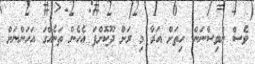
ވެސް ނުވިސްނަން. ހިތަށް އަރާ މި ރަށް ދޫކޮށްފަ އެހެން ތަނެއްގަ އަހަންނަށް